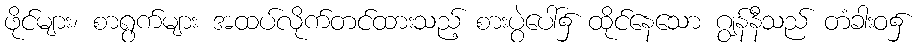
ဖိုင်များ၊ စာရွက်များ အထပ်လိုက်တင်ထားသည့် စားပွဲပေါ်၌ ထိုင်နေသော ဂျွန်နီသည် တံခါးဝ၌